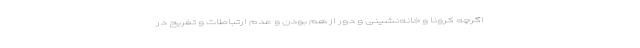
اگرچه کرونا و خانه‌نشینی و دور از هم بودن و عدم ارتباطات و تفریح در